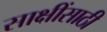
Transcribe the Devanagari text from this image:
साक्षींसाठी